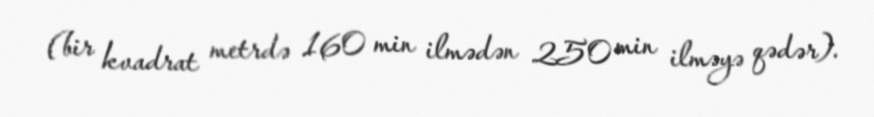
(bir kvadrat metrdə 160 min ilmədən 250 min ilməyə qədər).